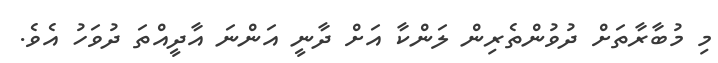
މި މުބާރާތަށް ދުވުންތެރިން ލަންކާ އަށް ދާނީ އަންނަ އާދީއްތަ ދުވަހު އެވެ.